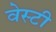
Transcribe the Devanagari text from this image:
वेस्टी